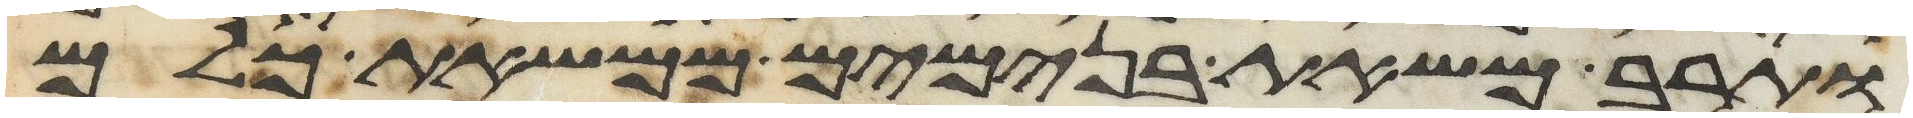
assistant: ותרב משאת בנימים ממשאת כלם